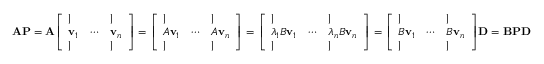
\mathbf { A } \mathbf { P } = \mathbf { A } { \left[ \begin{array} { l l l } { | } & & { | } \\ { \mathbf { v } _ { 1 } } & { \cdots } & { \mathbf { v } _ { n } } \\ { | } & & { | } \end{array} \right] } = { \left[ \begin{array} { l l l } { | } & & { | } \\ { A \mathbf { v } _ { 1 } } & { \cdots } & { A \mathbf { v } _ { n } } \\ { | } & & { | } \end{array} \right] } = { \left[ \begin{array} { l l l } { | } & & { | } \\ { \lambda _ { 1 } B \mathbf { v } _ { 1 } } & { \cdots } & { \lambda _ { n } B \mathbf { v } _ { n } } \\ { | } & & { | } \end{array} \right] } = { \left[ \begin{array} { l l l } { | } & & { | } \\ { B \mathbf { v } _ { 1 } } & { \cdots } & { B \mathbf { v } _ { n } } \\ { | } & & { | } \end{array} \right] } \mathbf { D } = \mathbf { B } \mathbf { P } \mathbf { D }